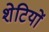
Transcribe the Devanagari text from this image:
शेटियों